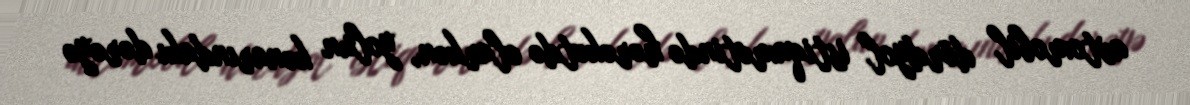
avtomobil dördyol istiqamətində hərəkətdə olarkən, yolun kənarındakı dərəyə